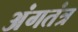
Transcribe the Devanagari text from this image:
अंगतंत्र